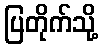
ပြတိုက်သို့